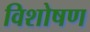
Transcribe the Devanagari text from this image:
विशोषण